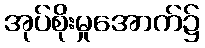
အုပ်စိုးမှုအောက်၌